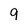
Character: 9